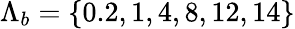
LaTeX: {\Lambda}_{b}=\{ 0.2,1,4,8,12,14\}